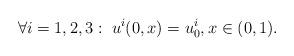
LaTeX: \begin{align*}\forall i=1,2,3 :\; u^i(0,x)=u_0^i,x\in(0,1).\end{align*}